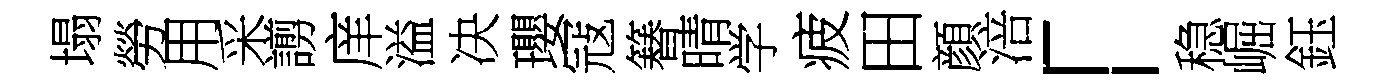
塌勞用采謭庠溢决瓔冦簮晴学疲田顔涪「稳崛鈺